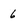
Character: 6